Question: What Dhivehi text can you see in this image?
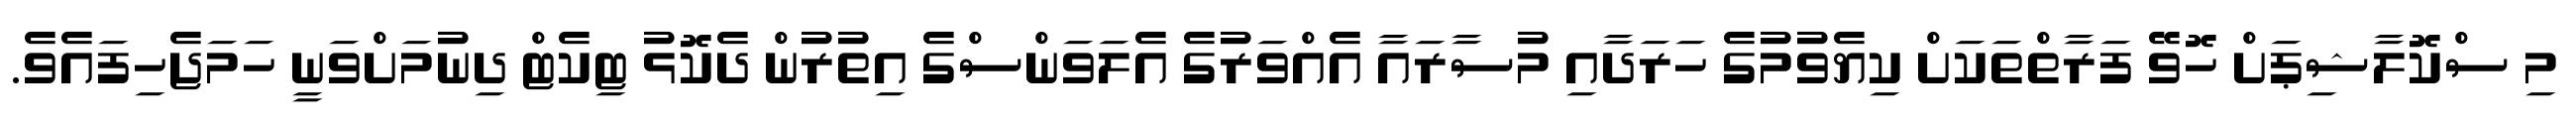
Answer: މި ސްކޮލާޝިޕަށް ހޮވޭ ފަރާތްތަކަށް ކިޔެވުމުގެ ހަރަދާއި މުސާރައާ އެއްވަރުގެ އެލަވަންސްގެ އިތުރުން ދެކޮޅު ޓިކެޓް ދިނުމަށްވަނީ ހަމަޖެހިފައެވެ.